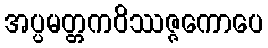
အပ္ပမတ္တကဝိဿဇ္ဇကောပေ